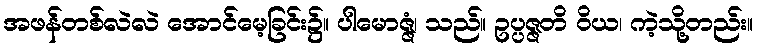
အဖန်တစ်လဲလဲ အောင်မေ့ခြင်း၌။ ပါမောဇ္ဇံ၊ သည်။ ဥပ္ပဇ္ဇတိ ဝိယ၊ ကဲ့သို့တည်း။